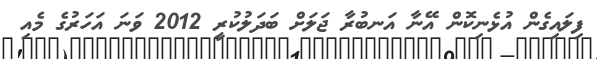
ފިލައިގެން އުޅެނިކޮން އޭނާ އަނބުރާ ޖަލަށް ބަދަލުކުރީ 2012 ވަނަ އަހަރުގެ މެއި